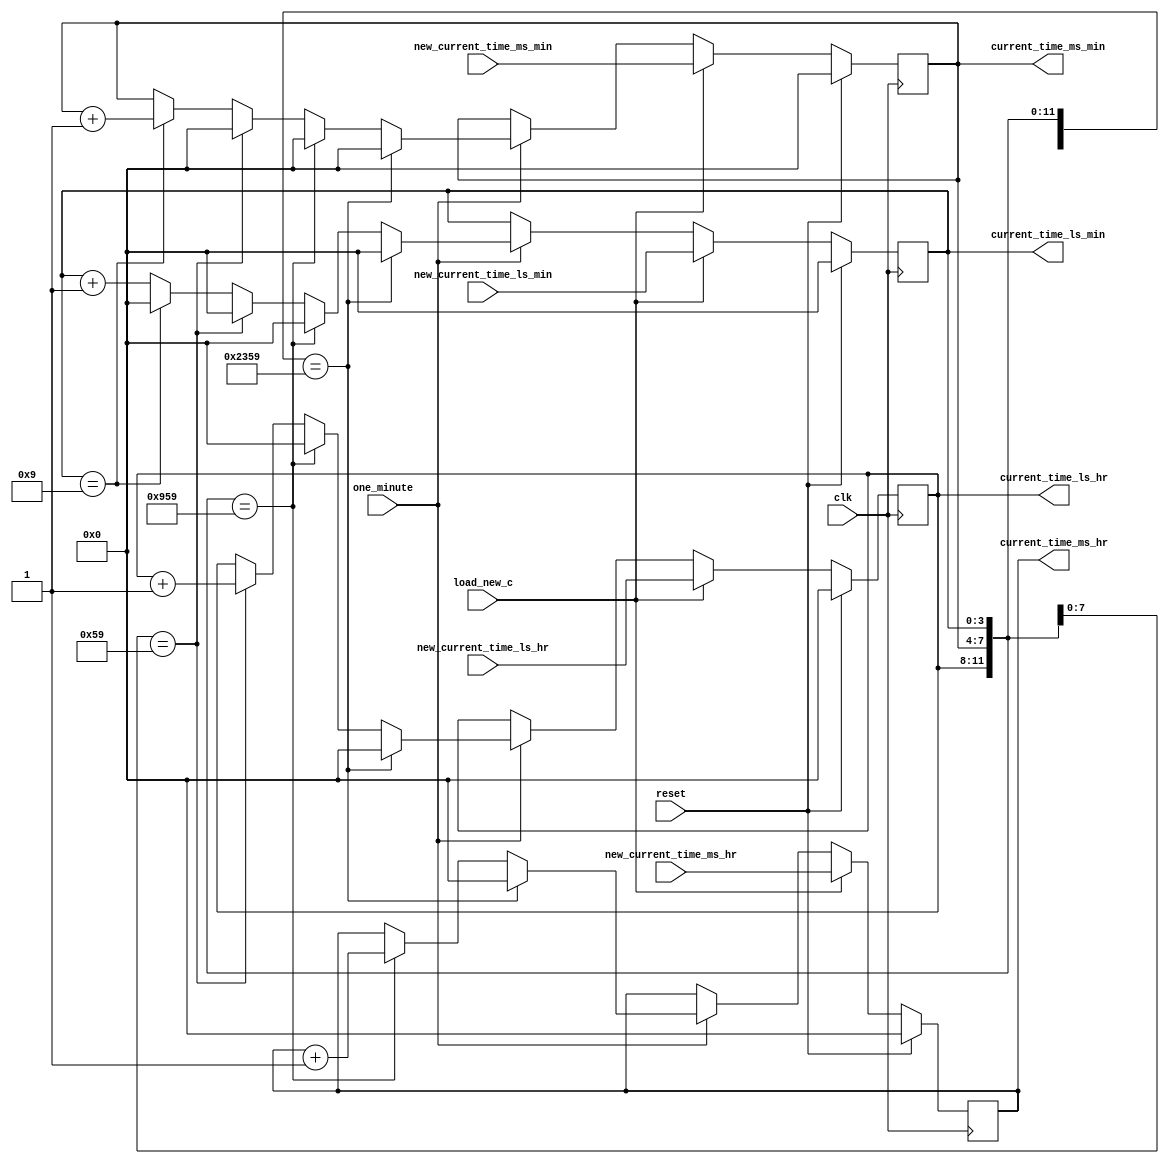
module counter(
input clk,
input reset,
input one_minute,
input load_new_c,
input [3:0]new_current_time_ms_hr,
input [3:0]new_current_time_ls_hr,
input [3:0]new_current_time_ms_min,
input [3:0]new_current_time_ls_min,
output reg[3:0]current_time_ms_hr,
output reg[3:0]current_time_ls_hr,
output reg[3:0]current_time_ms_min,
output reg[3:0]current_time_ls_min);

always@(posedge clk)
begin
	if(reset)
	begin
		current_time_ms_hr <= 4'b0;
      current_time_ls_hr <= 4'b0;
		current_time_ms_min <= 4'b0;
		current_time_ls_min <= 4'b0;
	end
	else if(load_new_c)
	begin
		current_time_ms_hr <= new_current_time_ms_hr;
      current_time_ls_hr <= new_current_time_ls_hr;
		current_time_ms_min <= new_current_time_ms_min;
		current_time_ls_min <= new_current_time_ls_min;
		
	end
	else if(one_minute)
	begin
	if({current_time_ms_hr,current_time_ls_hr,current_time_ms_min,current_time_ls_min} == 16'h2359)
	begin
		{current_time_ms_hr,current_time_ls_hr,current_time_ms_min,current_time_ls_min} <= 16'h0;
	end
	else if({current_time_ls_hr,current_time_ms_min,current_time_ls_min} == 12'h959)
	begin
		{current_time_ls_hr,current_time_ms_min,current_time_ls_min} <= 12'b0;
		current_time_ms_hr <= current_time_ms_hr+1;
	end
	else if({current_time_ms_min,current_time_ls_min} == 8'h59)
	begin
		{current_time_ms_min,current_time_ls_min} <= 8'b0;
		current_time_ls_hr <= current_time_ls_hr+1;
	end
	else if(current_time_ls_min == 4'd9)
	begin
		current_time_ms_min <= current_time_ms_min+1;
		current_time_ls_min <= 4'd0;
	end
	else
	begin
		current_time_ls_min <= current_time_ls_min + 1;
	end
	end	
end
endmodule